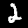
Label: 2